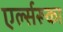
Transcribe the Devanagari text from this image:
एर्ल्सरूका